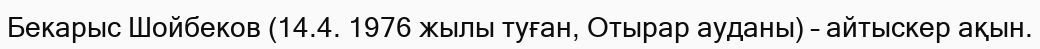
Бекарыс Шойбеков (14.4. 1976 жылы туған, Отырар ауданы) – айтыскер ақын.